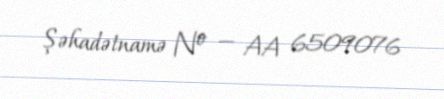
Şəhadətnamə № — AA 6509076